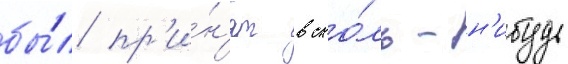
бы́л пр'и́н'ят в ско́ль-н'ибудь